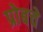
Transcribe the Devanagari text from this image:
प्रोबचे